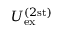
U _ { \mathrm { e x } } ^ { ( 2 \mathrm { s t ) } }